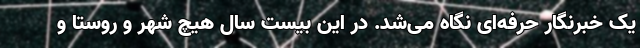
یک خبرنگار حرفه‌ای نگاه می‌شد. در این بیست سال هیچ شهر و روستا و